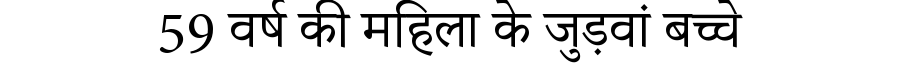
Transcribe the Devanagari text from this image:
59 वर्ष की महिला के जुड़वां बच्चे